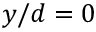
y / d = 0